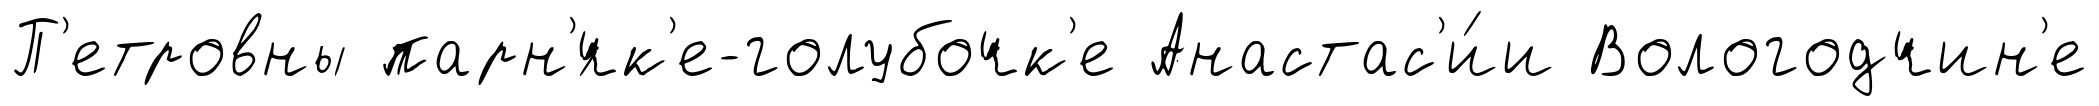
П'етровны парн'́чк'е-голубочк'е Анастас'и́и Вологодчин'е